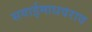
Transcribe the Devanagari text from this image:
सवाईमाधवराव